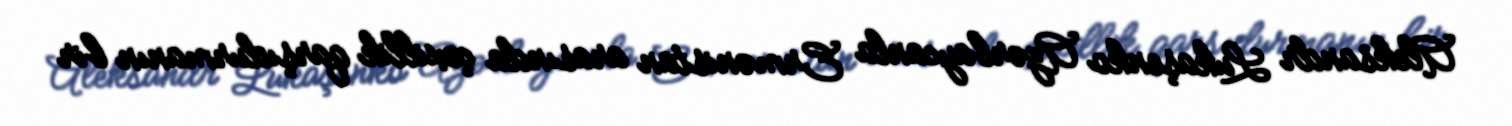
Aleksandr Lukaşenko Azərbaycanla Ermənistan arasında çoxillik qarşıdurmanın bir